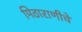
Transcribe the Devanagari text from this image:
मिठाराणीचे